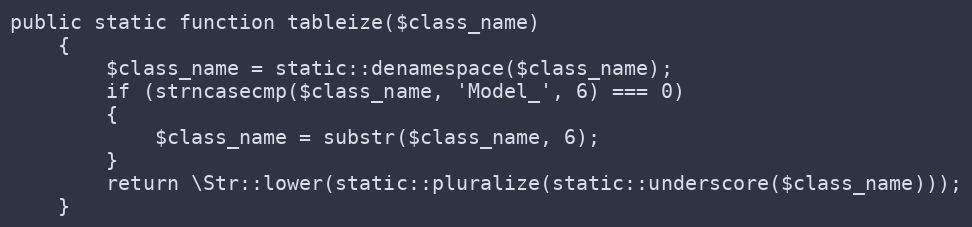
Language: PHP
public static function tableize($class_name)
	{
		$class_name = static::denamespace($class_name);
		if (strncasecmp($class_name, 'Model_', 6) === 0)
		{
			$class_name = substr($class_name, 6);
		}
		return \Str::lower(static::pluralize(static::underscore($class_name)));
	}